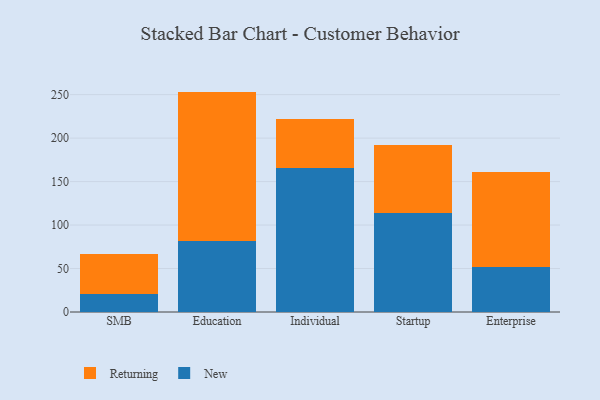
{"axis": {"x": "Segment", "y": "Temperature (°C)"}, "legend": ["New", "Returning"], "data": [{"x": "SMB", "y": 20.6, "type": "New"}, {"x": "SMB", "y": 46.4, "type": "Returning"}, {"x": "Education", "y": 81.8, "type": "New"}, {"x": "Education", "y": 171.7, "type": "Returning"}, {"x": "Individual", "y": 165.2, "type": "New"}, {"x": "Individual", "y": 56.5, "type": "Returning"}, {"x": "Startup", "y": 113.8, "type": "New"}, {"x": "Startup", "y": 78.7, "type": "Returning"}, {"x": "Enterprise", "y": 51.9, "type": "New"}, {"x": "Enterprise", "y": 108.6, "type": "Returning"}]}